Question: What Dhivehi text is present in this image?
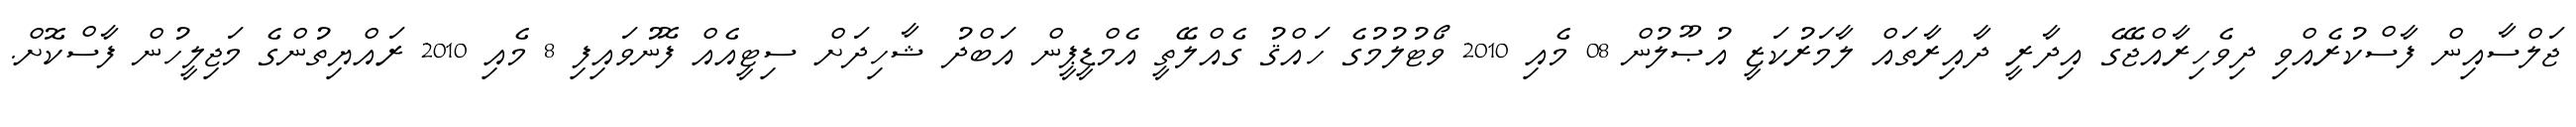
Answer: ޖަލްސާއިން ފާސްކުރެއްވި ދިވެހިރާއްޖޭގެ އިދާރީ ދާއިރާތައް ލާމަރުކަޒީ އުޞޫލުން 08 މެއި 2010 ވޯޓުލުމުގެ ހައްޤު ގެއްލޭތީ އެމްޑީޕީން އަބްދު ޝާހިދަށް ސިޓީއެއް ފޮނުވައިފި 8 މެއި 2010 ރައްޔިތުންގެ މަޖިލީހުން ފާސްކޮށް.